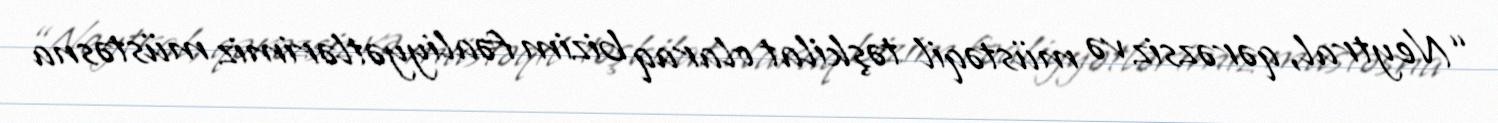
“Neytral, qərəzsiz və müstəqil təşkilat olaraq bizim fəaliyyətlərimiz müstəsna